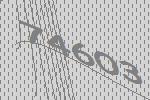
74603